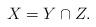
LaTeX: \begin{align*}X=Y\cap Z.\end{align*}